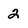
Character: 2